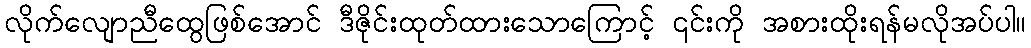
လိုက်လျောညီထွေဖြစ်အောင် ဒီဇိုင်းထုတ်ထားသောကြောင့် ၎င်းကို အစားထိုးရန်မလိုအပ်ပါ။